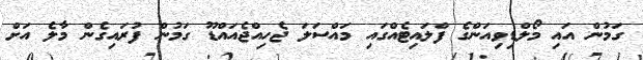
ގަމުން އައި މޯލްޑިވިއަންގެ ފްލައިޓެއްގައި މައްސަލަ ޖެހިއްޖެއައްޑޫ ގަމުން ފުރައިގެން މާލެ އަށް